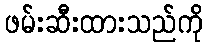
ဖမ်းဆီးထားသည်ကို